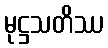
မုဋ္ဌသတိဿ